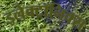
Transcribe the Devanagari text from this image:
इलेक्ट्रॉनिक्‍स